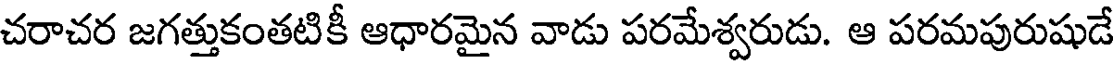
చరాచర జగత్తుకంతటికీ ఆధారమైన వాడు పరమేశ్వరుడు. ఆ పరమపురుషుడే